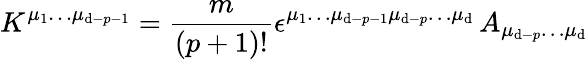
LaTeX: K^{\mu_{1}\dots\mu_{\mathrm{d}-p-1}}={\frac{{m}}{{(p+1)!}}}\epsilon^{\mu_{1}\dots\mu_{\mathrm{d}-p-1}\mu_{\mathrm{d}-p}\dots\mu_{\mathrm{d}}}\, A_{\mu_{\mathrm{d}-p}\dots\mu_{\mathrm{d}}}